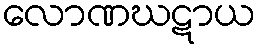
လောဏဃဋာယ